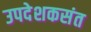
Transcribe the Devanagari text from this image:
उपदेशकसंत